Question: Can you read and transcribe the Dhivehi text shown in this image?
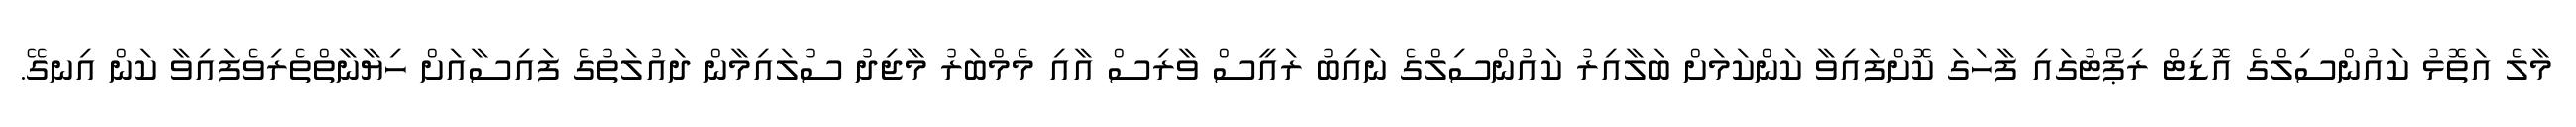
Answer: މާލެ އަތޮޅު ކައުންސިލްގެ އޮޑިޓް ރިޕޯޓުގައި ފާހަގަ ކޮށްފައިވާ ކަންކަމަށް ބަލާއިރު ކައުންސިލްގެ ނައިބު ރައީސް ވާރިސް އާއި މެމްބަރު މާޖިދު ސުލައިމާން ދައުލަތުގެ ފައިސާއަށް ހިޔާނާތްތެރިވެފައިވާ ކަން އިނގޭ.